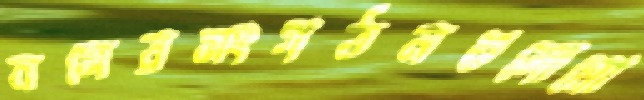
বসেরসংগঠনগুলোমো